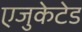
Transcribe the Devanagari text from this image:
एजुकेटेड